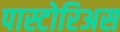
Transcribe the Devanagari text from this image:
पास्टोरिअस